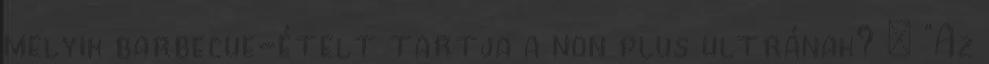
melyik barbecue-ételt tartja a non plus ultrának? – “Az